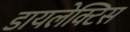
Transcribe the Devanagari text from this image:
डायलेक्टिस